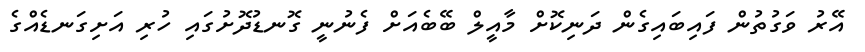
އޭރު ވަގުތުން ފައިބައިގެން ދަނިކޮށް މާއީލް ބޭބެއަށް ފެނުނީ ގޮނޑުދޮށުގައި ހުރި އަށިގަނޑެއްގެ